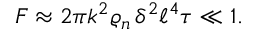
F \approx 2 \pi k ^ { 2 } \varrho _ { n } \, \delta ^ { 2 } \ell ^ { 4 } \tau \ll 1 .